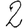
Digit: 2